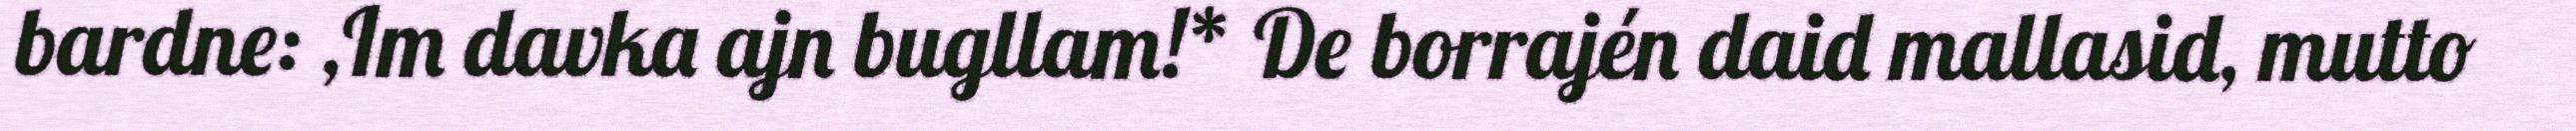
bardne: ,Im davka ajn bugllam!* De borrajén daid mallasid, mutto